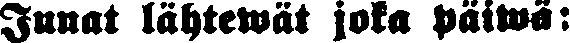
Junat lähtewät joka päiwä: